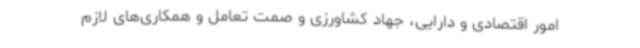
امور اقتصادی و دارایی، جهاد کشاورزی و صمت تعامل و همکاری‌های لازم